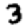
Digit: 3